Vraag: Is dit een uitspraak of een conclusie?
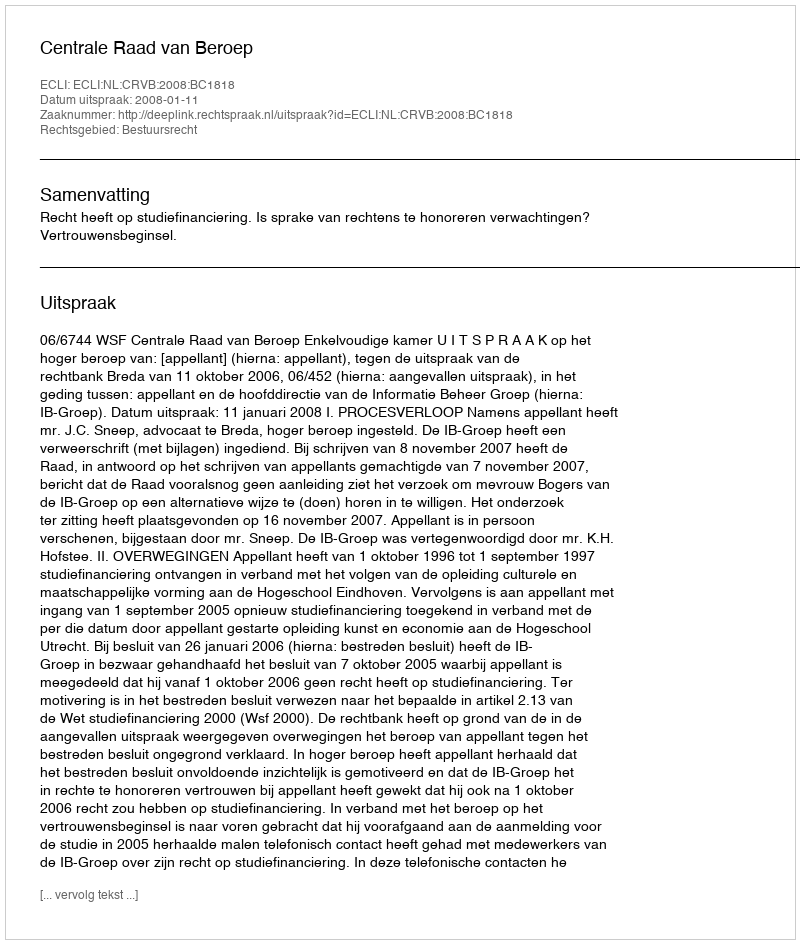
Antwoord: Uitspraak